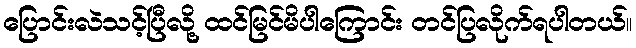
ပြောင်းလဲသင့်ပြီလို့ ထင်မြင်မိပါကြောင်း တင်ပြလိုက်ရပါတယ်။